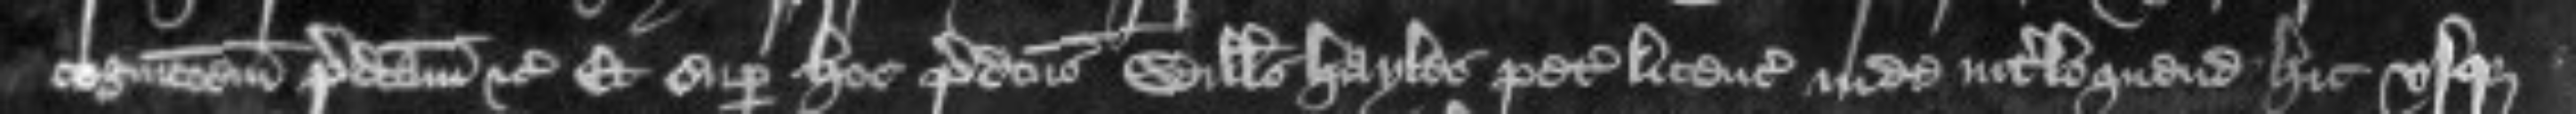
cognicionem predictam etc Et super hoc predictus Willelmus Hayles petit licenciam inde interloquendi hic usque